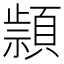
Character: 𰨔